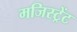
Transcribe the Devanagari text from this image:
मजिस्ट्रेंट